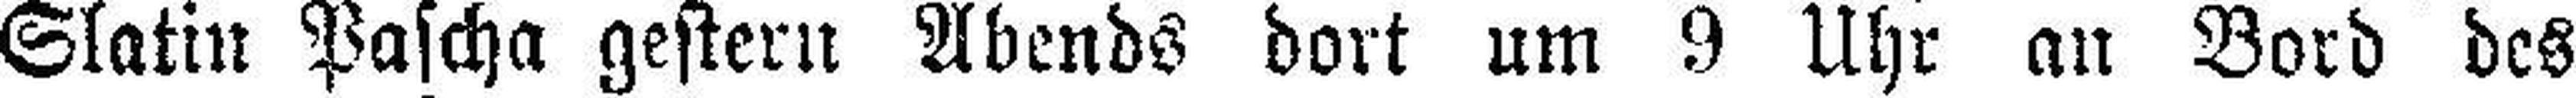
Slatin Pascha gestern Abends dort um 9 Uhr an Bord des